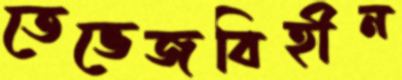
তেভেজবিহীন